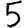
Digit: 5